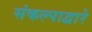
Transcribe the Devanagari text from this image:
संकल्पाद्वारे